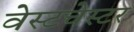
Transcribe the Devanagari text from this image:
वेस्‍टचेस्‍टर